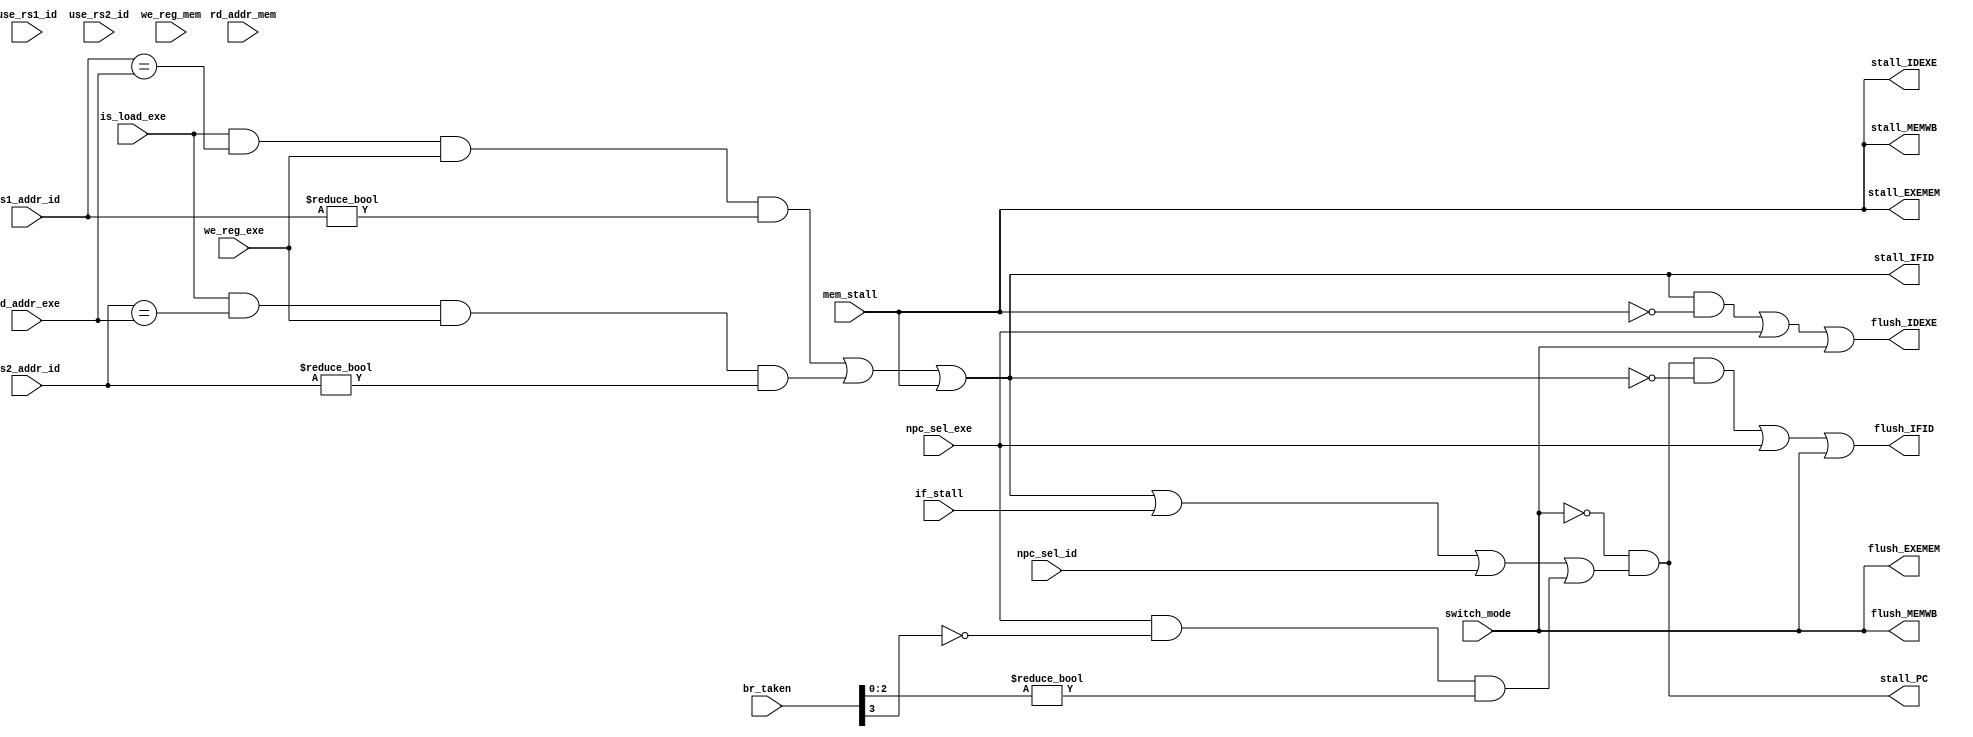
module RaceController(
    input is_load_exe,
    input [4:0]rs1_addr_id,
    input [4:0]rs2_addr_id,
    input use_rs1_id,
    input use_rs2_id,
    input [4:0]rd_addr_exe,
    input [4:0]rd_addr_mem,
    input we_reg_exe,
    input we_reg_mem,
    input npc_sel_id,
    input npc_sel_exe,
    input [3:0]br_taken,

    input switch_mode,

    input if_stall,       //stall
    input mem_stall, 

    output wire stall_PC,
    output wire stall_IFID,
    output wire stall_IDEXE,
    output wire stall_EXEMEM,
    output wire stall_MEMWB,
    output wire flush_IFID,
    output wire flush_IDEXE,
    output wire flush_EXEMEM,
    output wire flush_MEMWB
);
//    assign stall_IFID = (rs1_addr_id == rd_addr_exe & we_reg_exe & rs1_addr_id != 0 & use_rs1_id) | (rs2_addr_id == rd_addr_exe & we_reg_exe & rs2_addr_id != 0 & use_rs2_id) | (rs1_addr_id == rd_addr_mem & we_reg_mem & rs1_addr_id != 0 & use_rs1_id) | (rs2_addr_id == rd_addr_mem & we_reg_mem & rs2_addr_id != 0 & use_rs2_id); 
    assign stall_IFID = (is_load_exe == 1 & rs1_addr_id == rd_addr_exe & we_reg_exe & rs1_addr_id != 0) | (is_load_exe == 1 & rs2_addr_id == rd_addr_exe & we_reg_exe & rs2_addr_id != 0) | stall_IDEXE;
    assign stall_PC = ~switch_mode&(stall_IFID | if_stall | npc_sel_id | (npc_sel_exe & ~br_taken[3] & (br_taken[2:0] != 3'b000)));//stallpcnpcpcpc+4
    assign stall_IDEXE = stall_EXEMEM;
    assign stall_EXEMEM = stall_MEMWB;
    assign stall_MEMWB = mem_stall;
    assign flush_IFID = (stall_PC & ~stall_IFID) | npc_sel_exe | switch_mode;
    assign flush_IDEXE = (stall_IFID & ~stall_IDEXE) | npc_sel_exe | switch_mode;
    assign flush_EXEMEM = stall_IDEXE & ~stall_EXEMEM | switch_mode;
    assign flush_MEMWB = stall_EXEMEM & ~stall_MEMWB | switch_mode;
endmodule